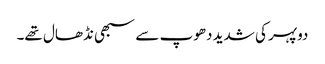
دوپہر کی شدید دھوپ سے سبھی نڈھال تھے۔